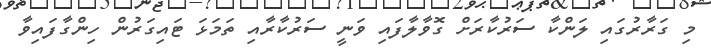
މި ގަރާރުގައި ލަންކާ ސަރުކާރަށް ގޮވާލާފައި ވަނީ ސަރުކާރާއި ތަމަޅަ ޓައިގަރުން ހިންގާފައިވާ